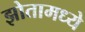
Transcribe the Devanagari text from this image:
झोतामध्ये